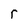
Character: r